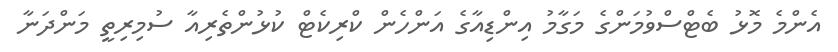
އެންމެ މޮޅު ބެޓްސްވުމަންގެ މަގާމު އިންޑިއާގެ އަންހެން ކްރިކެޓް ކުޅުންތެރިއާ ސުމިރިތީ މަންދަނާ